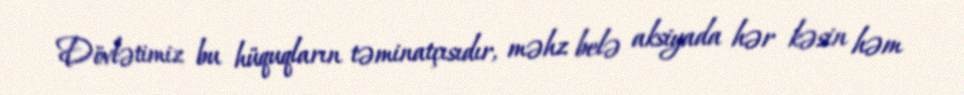
Dövlətimiz bu hüquqların təminatçısıdır, məhz belə aksiyada hər kəsin həm